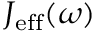
J _ { \mathrm { e f f } } ( \omega )